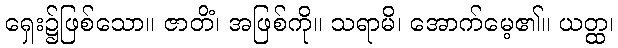
ရှေး၌ဖြစ်သော။ ဇာတိံ၊ အဖြစ်ကို။ သရာမိ၊ အောက်မေ့၏။ ယတ္ထ၊